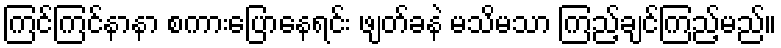
ကြင်ကြင်နာနာ စကားပြောနေရင်း ဖျတ်ခနဲ မသိမသာ ကြည့်ချင်ကြည့်မည်။